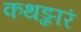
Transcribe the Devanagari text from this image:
कथङ्कारं